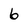
Character: 6